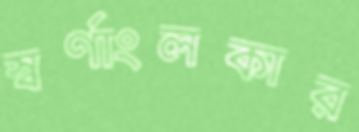
স্বর্ণাংলকার